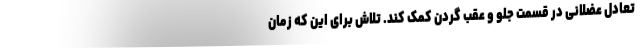
تعادل عضلانی در قسمت جلو و عقب گردن کمک کند. تلاش برای این که زمان